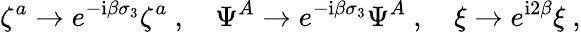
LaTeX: \zeta^{a}\rightarrow e^{-\mathrm{i}\beta\sigma_{3}}\zeta^{a}\ ,\quad\Psi^{A}\rightarrow e^{-\mathrm{i}\beta\sigma_{3}}\Psi^{A}\ ,\quad\xi\rightarrow e^{\mathrm{i}2\beta}\xi\ ,